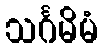
သင်္ဂမိမံ